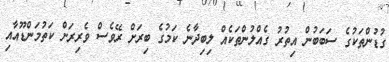
ގުޑުންތަކުގެ ސަބަބުން އިތުރު ގެއްލުންތަކެއް ލިބިދާނެ ކަމުގެ ބިރަށް ރޭވެސް ވެރިރަށް ކަތުމަންޑޫއާއި